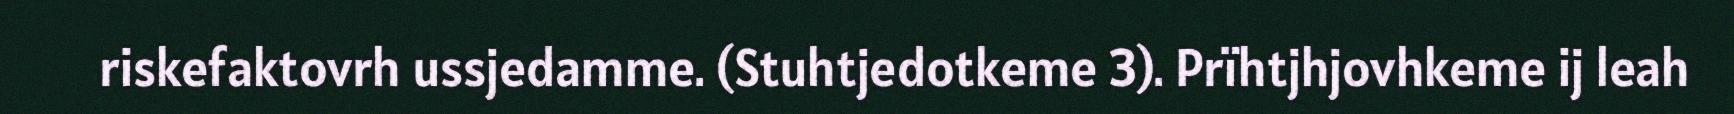
riskefaktovrh ussjedamme. (Stuhtjedotkeme 3). Prïhtjhjovhkeme ij leah